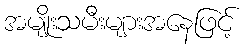
အမျိုးသမီးများအနေဖြင့်